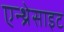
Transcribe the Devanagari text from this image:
एन्थ्रेसाइट